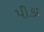
પીકા